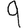
Digit: 9